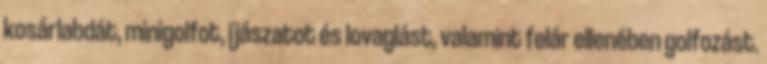
kosárlabdát, minigolfot, íjászatot és lovaglást, valamint felár ellenében golfozást.